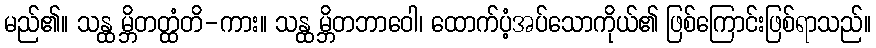
မည်၏။ သန္ထ မ္ဘိတတ္ထံတိ-ကား။ သန္ထ မ္ဘိတဘာဝေါ၊ ထောက်ပံ့အပ်သောကိုယ်၏ ဖြစ်ကြောင်းဖြစ်ရာသည်။